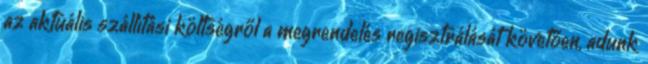
az aktuális szállítási költségről a megrendelés regisztrálását követően, adunk